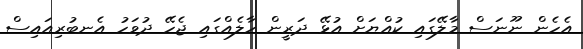
އެހެން ނޫނަސް މާލޭގައި ކުއްޔަށް އުޅޭ ދަރީން ހާލެއްގައި ޖެހޭ ދުވަހު އެނބުރިއައިސް